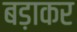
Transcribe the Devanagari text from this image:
बड़ाकर